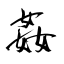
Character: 姦